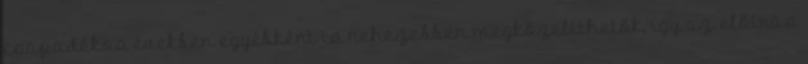
csapadékos években egyébként is nehezebben megközelíthetők, így az előírás